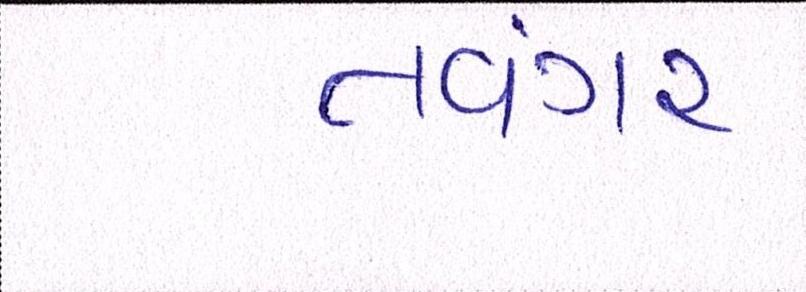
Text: તવંગર